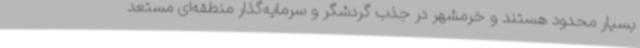
بسیار محدود هستند و خرمشهر در جذب گردشگر و سرمایه‌گذار منطقه‌ای مستعد